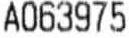
A063975